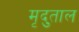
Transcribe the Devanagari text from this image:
मृदुताल